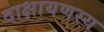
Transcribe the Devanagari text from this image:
दाक्षायणस्य